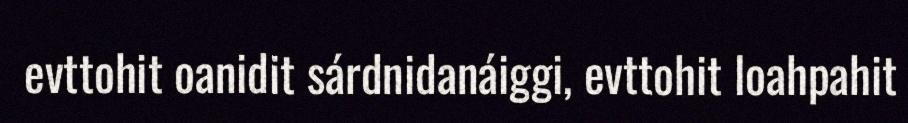
evttohit oanidit sárdnidanáiggi, evttohit loahpahit